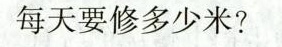
每天要修多少米?